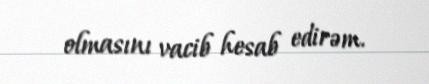
olmasını vacib hesab edirəm.